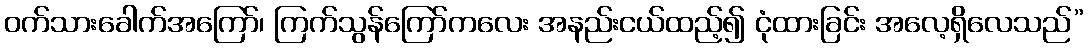
ဝက်သားခေါက်အကြော်၊ ကြက်သွန်ကြော်ကလေး အနည်းငယ်ထည့်၍ ငုံထားခြင်း အလေ့ရှိလေသည်”